Civil Veterinary Dept. North-West Frontier Province 1933-46 - 1933-1946
Year: 1933
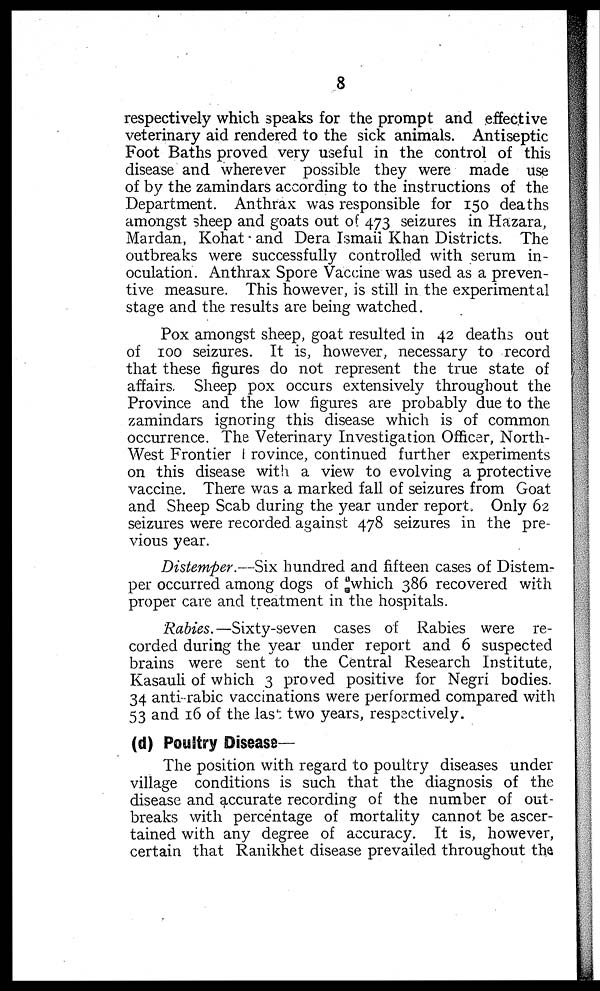
8
respectively which speaks for the prompt and effective
veterinary aid rendered to the sick animals. Antiseptic
Foot Baths proved very useful in the control of this
disease and wherever possible they were made use
of by the zamindars according to the instructions of the
Department. Anthrax was responsible for 150 deaths
amongst sheep and goats out of 473 seizures in Hazara,
Mardan, Kohat and Dera Ismail Khan Districts. The
outbreaks were successfully controlled with serum in-
oculation. Anthrax Spore Vaccine was used as a preven-
tive measure. This however, is still in the experimental
stage and the results are being watched.
Pox amongst sheep, goat resulted in 42 deaths out
of 100 seizures. It is, however, necessary to record
that these figures do not represent the true state of
affairs. Sheep pox occurs extensively throughout the
Province and the low figures are probably due to the
zamindars ignoring this disease which is of common
occurrence. The Veterinary Investigation Officer, North-
West Frontier Province, continued further experiments
on this disease with a view to evolving a protective
vaccine. There was a marked fall of seizures from Goat
and Sheep Scab during the year under report. Only 62
seizures were recorded against 478 seizures in the pre-
vious year.
Distemper.—Six hundred and fifteen cases of Distem-
per occurred among dogs of which 386 recovered with
proper care and treatment in the hospitals.
Rabies.—Sixty-seven cases of Rabies were re-
corded during the year under report and 6 suspected
brains were sent to the Central Research Institute,
Kasauli of which 3 proved positive for Negri bodies.
34 anti-rabic vaccinations were performed compared with
53 and 16 of the last two years, respectively.
(d) Poultry Disease—
The position with regard to poultry diseases under
village conditions is such that the diagnosis of the
disease and accurate recording of the number of out-
breaks with percentage of mortality cannot be ascer-
tained with any degree of accuracy. It is, however,
certain that Ranikhet disease prevailed throughout the